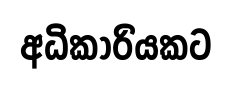
අධිකාරියකට